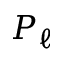
P _ { \ell }